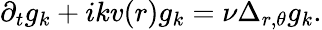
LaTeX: \partial_{t}g_{k}+ikv(r)g_{k}=\nu\Delta_{r,\theta}g_{k}.